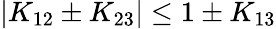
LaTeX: |K_{12}\pm K_{23}|\le 1\pm K_{13}